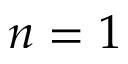
n = 1